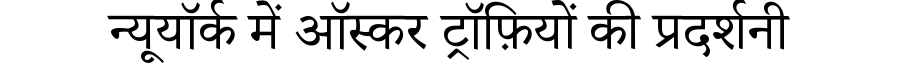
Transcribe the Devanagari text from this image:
न्यूयॉर्क में ऑस्कर ट्रॉफ़ियों की प्रदर्शनी